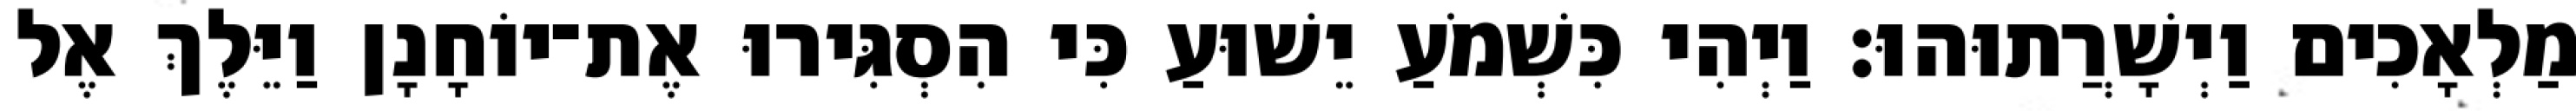
מַלְאָכִים וַיְשָׁרֲתוּהוּ׃ וַיְהִי כִּשְׁמֹעַ יֵשׁוּעַ כִּי הִסְגִּירוּ אֶת־יוֹחָנָן וַיֵּלֶךְ אֶל